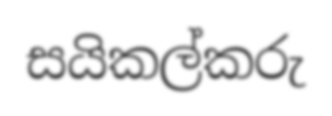
සයිකල්කරු